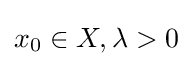
x_{0}\in X,\lambda >0